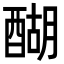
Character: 醐